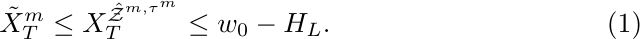
\begin{equation}
\label{ui}
\tilde{X}_T^m\leq X_T^{\hat{\mathcal{Z}}^{m,\tau^m}} \leq w_0-H_L .
\end{equation}